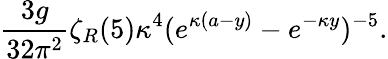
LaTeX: {\frac{3g}{32\pi^{2}}}\zeta_{R}(5)\kappa^{4}(e^{\kappa(a-y)}-e^{-\kappa y})^{-5}.